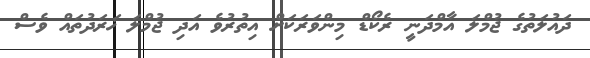
ދައުލަތުގެ ޖުމްލަ އާމްދަނީ ރެކޯޑް މިންވަރަކަށް އިތުރުވެ އަދި ޖުމްލަ ޚަރަދުތައް ވެސް